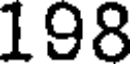
198